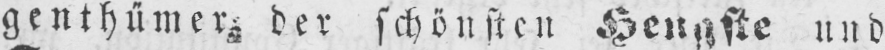
genthümer der schönsten Hengste und